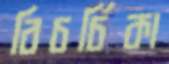
বিচর্চিকা